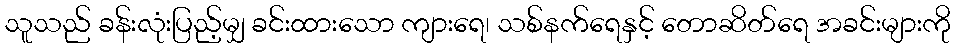
သူသည် ခန်းလုံးပြည့်မျှ ခင်းထားသော ကျားရေ၊ သစ်နက်ရေနှင့် တောဆိတ်ရေ အခင်းများကို